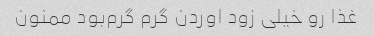
غذا رو خیلی زود اوردن گرم گرم‌بود ممنون